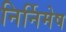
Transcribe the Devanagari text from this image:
निर्निमेष